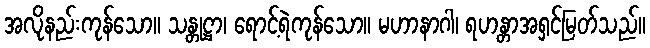
အလိုနည်းကုန်သော။ သန္တုဋ္ဌာ၊ ရောင့်ရဲကုန်သော။ မဟာနာဂါ၊ ရဟန္တာအရှင်မြတ်သည်။